Mental hospitals Bombay report 1921-28 - 1921-1928
Year: 1921
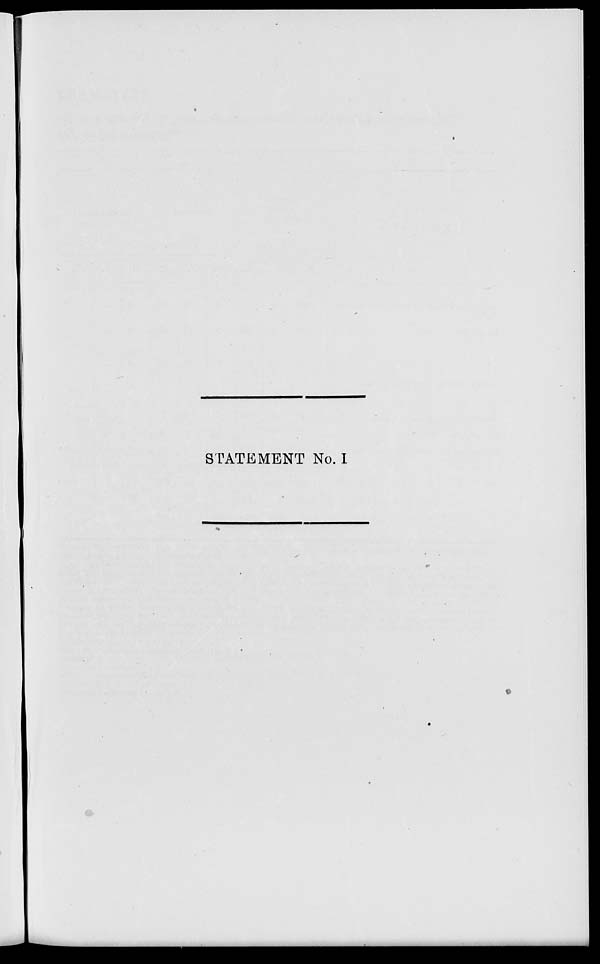
STATEMENT No. I